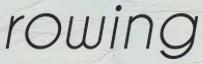
rowing